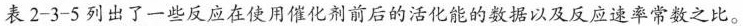
表2-3-5列出了一些反应在使用催化剂前后的活化能的数据以及反应速率常数之比。